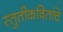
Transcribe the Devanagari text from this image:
स्तुतीकवितांचे